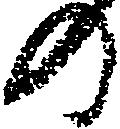
の